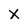
Character: x